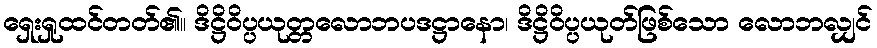
ရှေးရှုထင်တတ်၏။ ဒိဋ္ဌိဝိပ္ပယုတ္တလောဘပဒဋ္ဌာနော၊ ဒိဋ္ဌိဝိပ္ပယုတ်ဖြစ်သော လောဘလျှင်